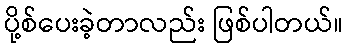
ပို့စ်ပေးခဲ့တာလည်း ဖြစ်ပါတယ်။